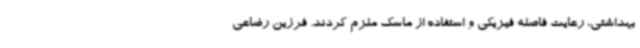
بهداشتی، رعایت فاصله فیزیکی و استفاده از ماسک ملزم کردند. فرزین رضاعی